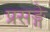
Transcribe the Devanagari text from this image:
प्रसङ्गे